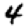
Digit: 4